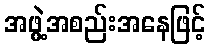
အဖွဲ့အစည်းအနေဖြင့်